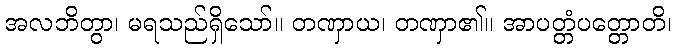
အလဘိတွာ၊ မရသည်ရှိသော်။ တဏှာယ၊ တဏှာ၏။ အာပတ္တံပတ္တောတိ၊